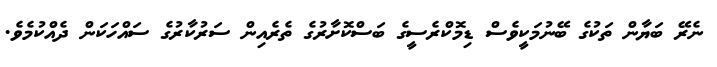
ނެރޭ ބަޔާން ތަކުގެ ބޭނުމަކީވެސް ޑިމޮކްރެސީގެ ބަސްކޮށާރުގެ ތެރެއިން ސަރުކާރުގެ ސައްހަކަން ދެއްކުމެވެ.